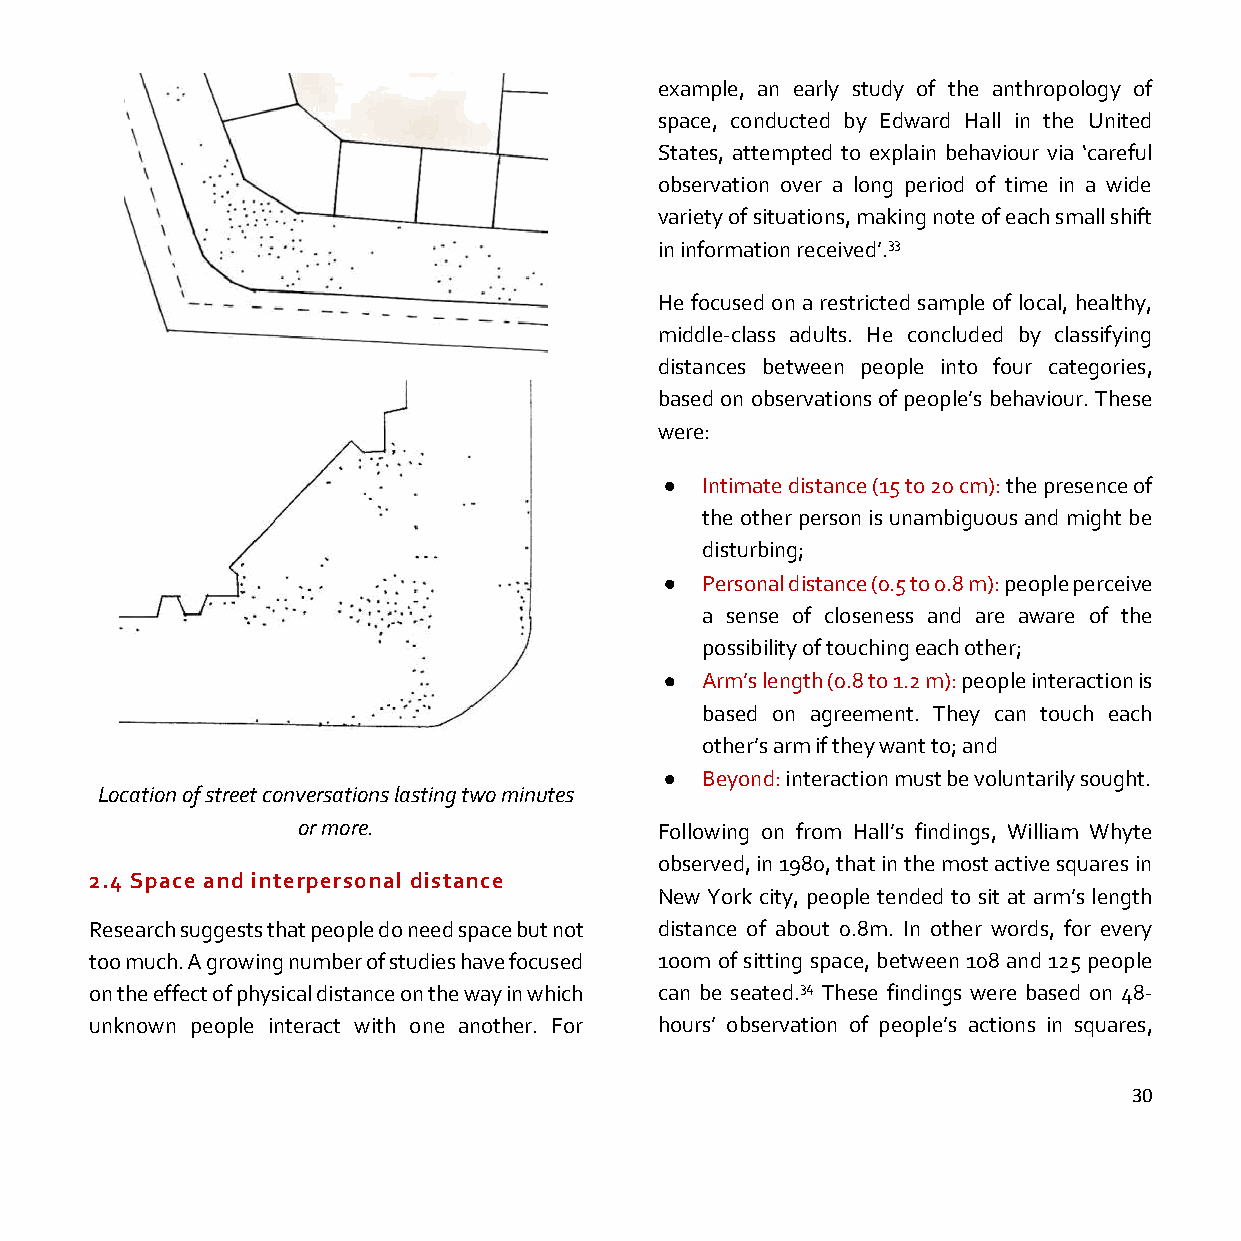
example, an early study of the anthropology of
 space, conducted by Edward Hall in the United
 States, attempted to explain behaviour via ‘careful
 observation over a long period of time in a wide
 variety of situations, making note of each small shift
 in information received’.33
 He focused on a restricted sample of local, healthy,
 middle-class adults. He concluded by classifying
 distances between people into four categories,
 based on observations of people’s behaviour. These
 were:
 • Intimate distance (15 to 20 cm): the presence of
 the other person is unambiguous and might be
 disturbing;
 • Personal distance (0.5 to 0.8 m): people perceive
 a sense of closeness and are aware of the
 possibility of touching each other;
 • Arm’s length (0.8 to 1.2 m): people interaction is
 based on agreement. They can touch each
 other’s arm if they want to; and
 • Beyond: interaction must be voluntarily sought.
 Location of street conversations lasting two minutes
 or more.                Following on from Hall’s findings, William Whyte
 observed, in 1980, that in the most active squares in
 2.4 Space and interpersonal distance
 New York city, people tended to sit at arm’s length
 Research suggests that people do need space but not distance of about 0.8m. In other words, for every
 too much. A growing number of studies have focused 1oom of sitting space, between 108 and 125 people
 on the effect of physical distance on the way in which can be seated.34 These findings were based on 48-
 unknown people interact with one another. For hours’ observation of people’s actions in squares,
 30